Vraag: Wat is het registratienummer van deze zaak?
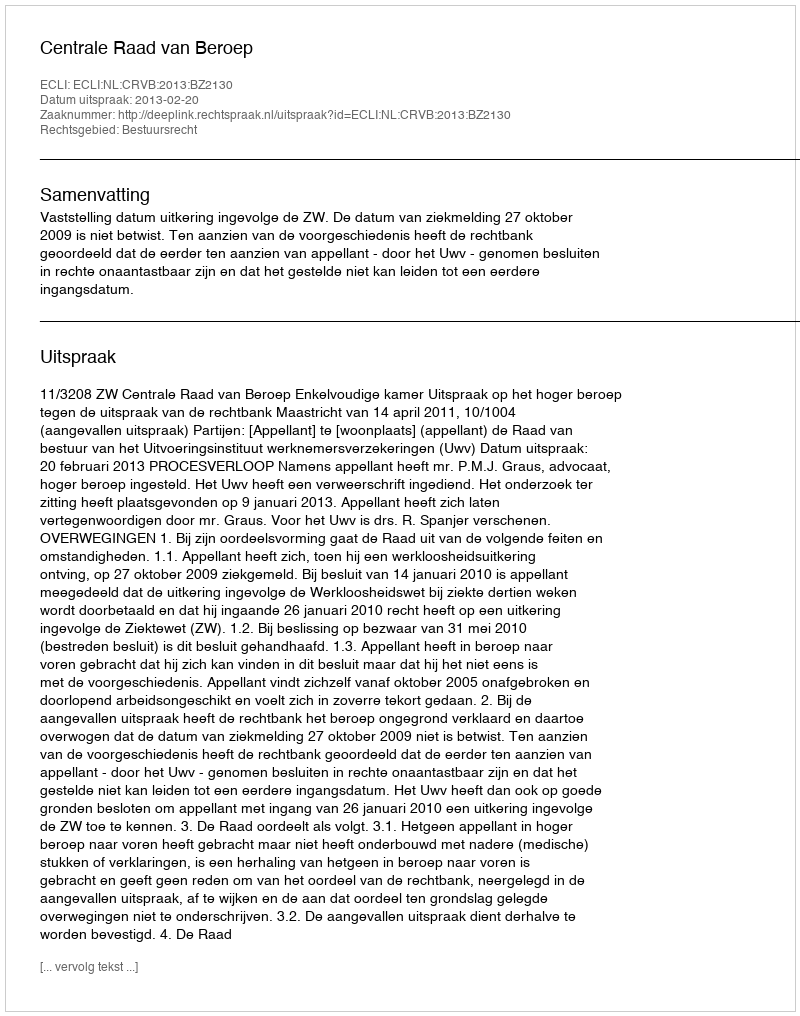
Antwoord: http://deeplink.rechtspraak.nl/uitspraak?id=ECLI:NL:CRVB:2013:BZ2130